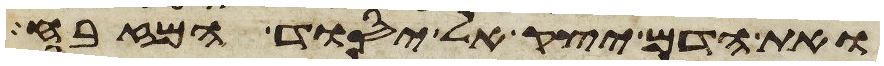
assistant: ואת הדם יצק אל יסוד המזבח